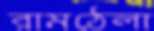
রামঠেলা